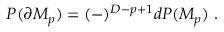
P ( \partial { \cal M } _ { p } ) = ( - ) ^ { D - p + 1 } d P ( { \cal M } _ { p } ) \ .